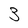
Character: 3